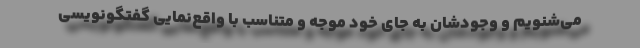
می‌شنویم و وجودشان به جای خود موجه و متناسب با واقع‌نمایی گفتگونویسی